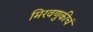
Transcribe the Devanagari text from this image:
मिरवणुकीचं